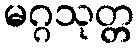
မဂ္ဂသုတ္တ